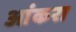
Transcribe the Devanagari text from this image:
आंकरा